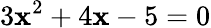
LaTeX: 3\mathbf{x}^{2}+4\mathbf{x}-5=0